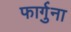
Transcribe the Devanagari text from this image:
फार्गुना